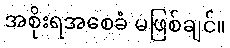
အစိုးရအစေခံ မဖြစ်ချင်။